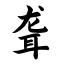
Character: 聋